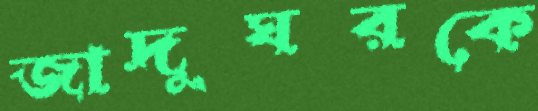
জাদুঘরকে